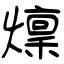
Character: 燣